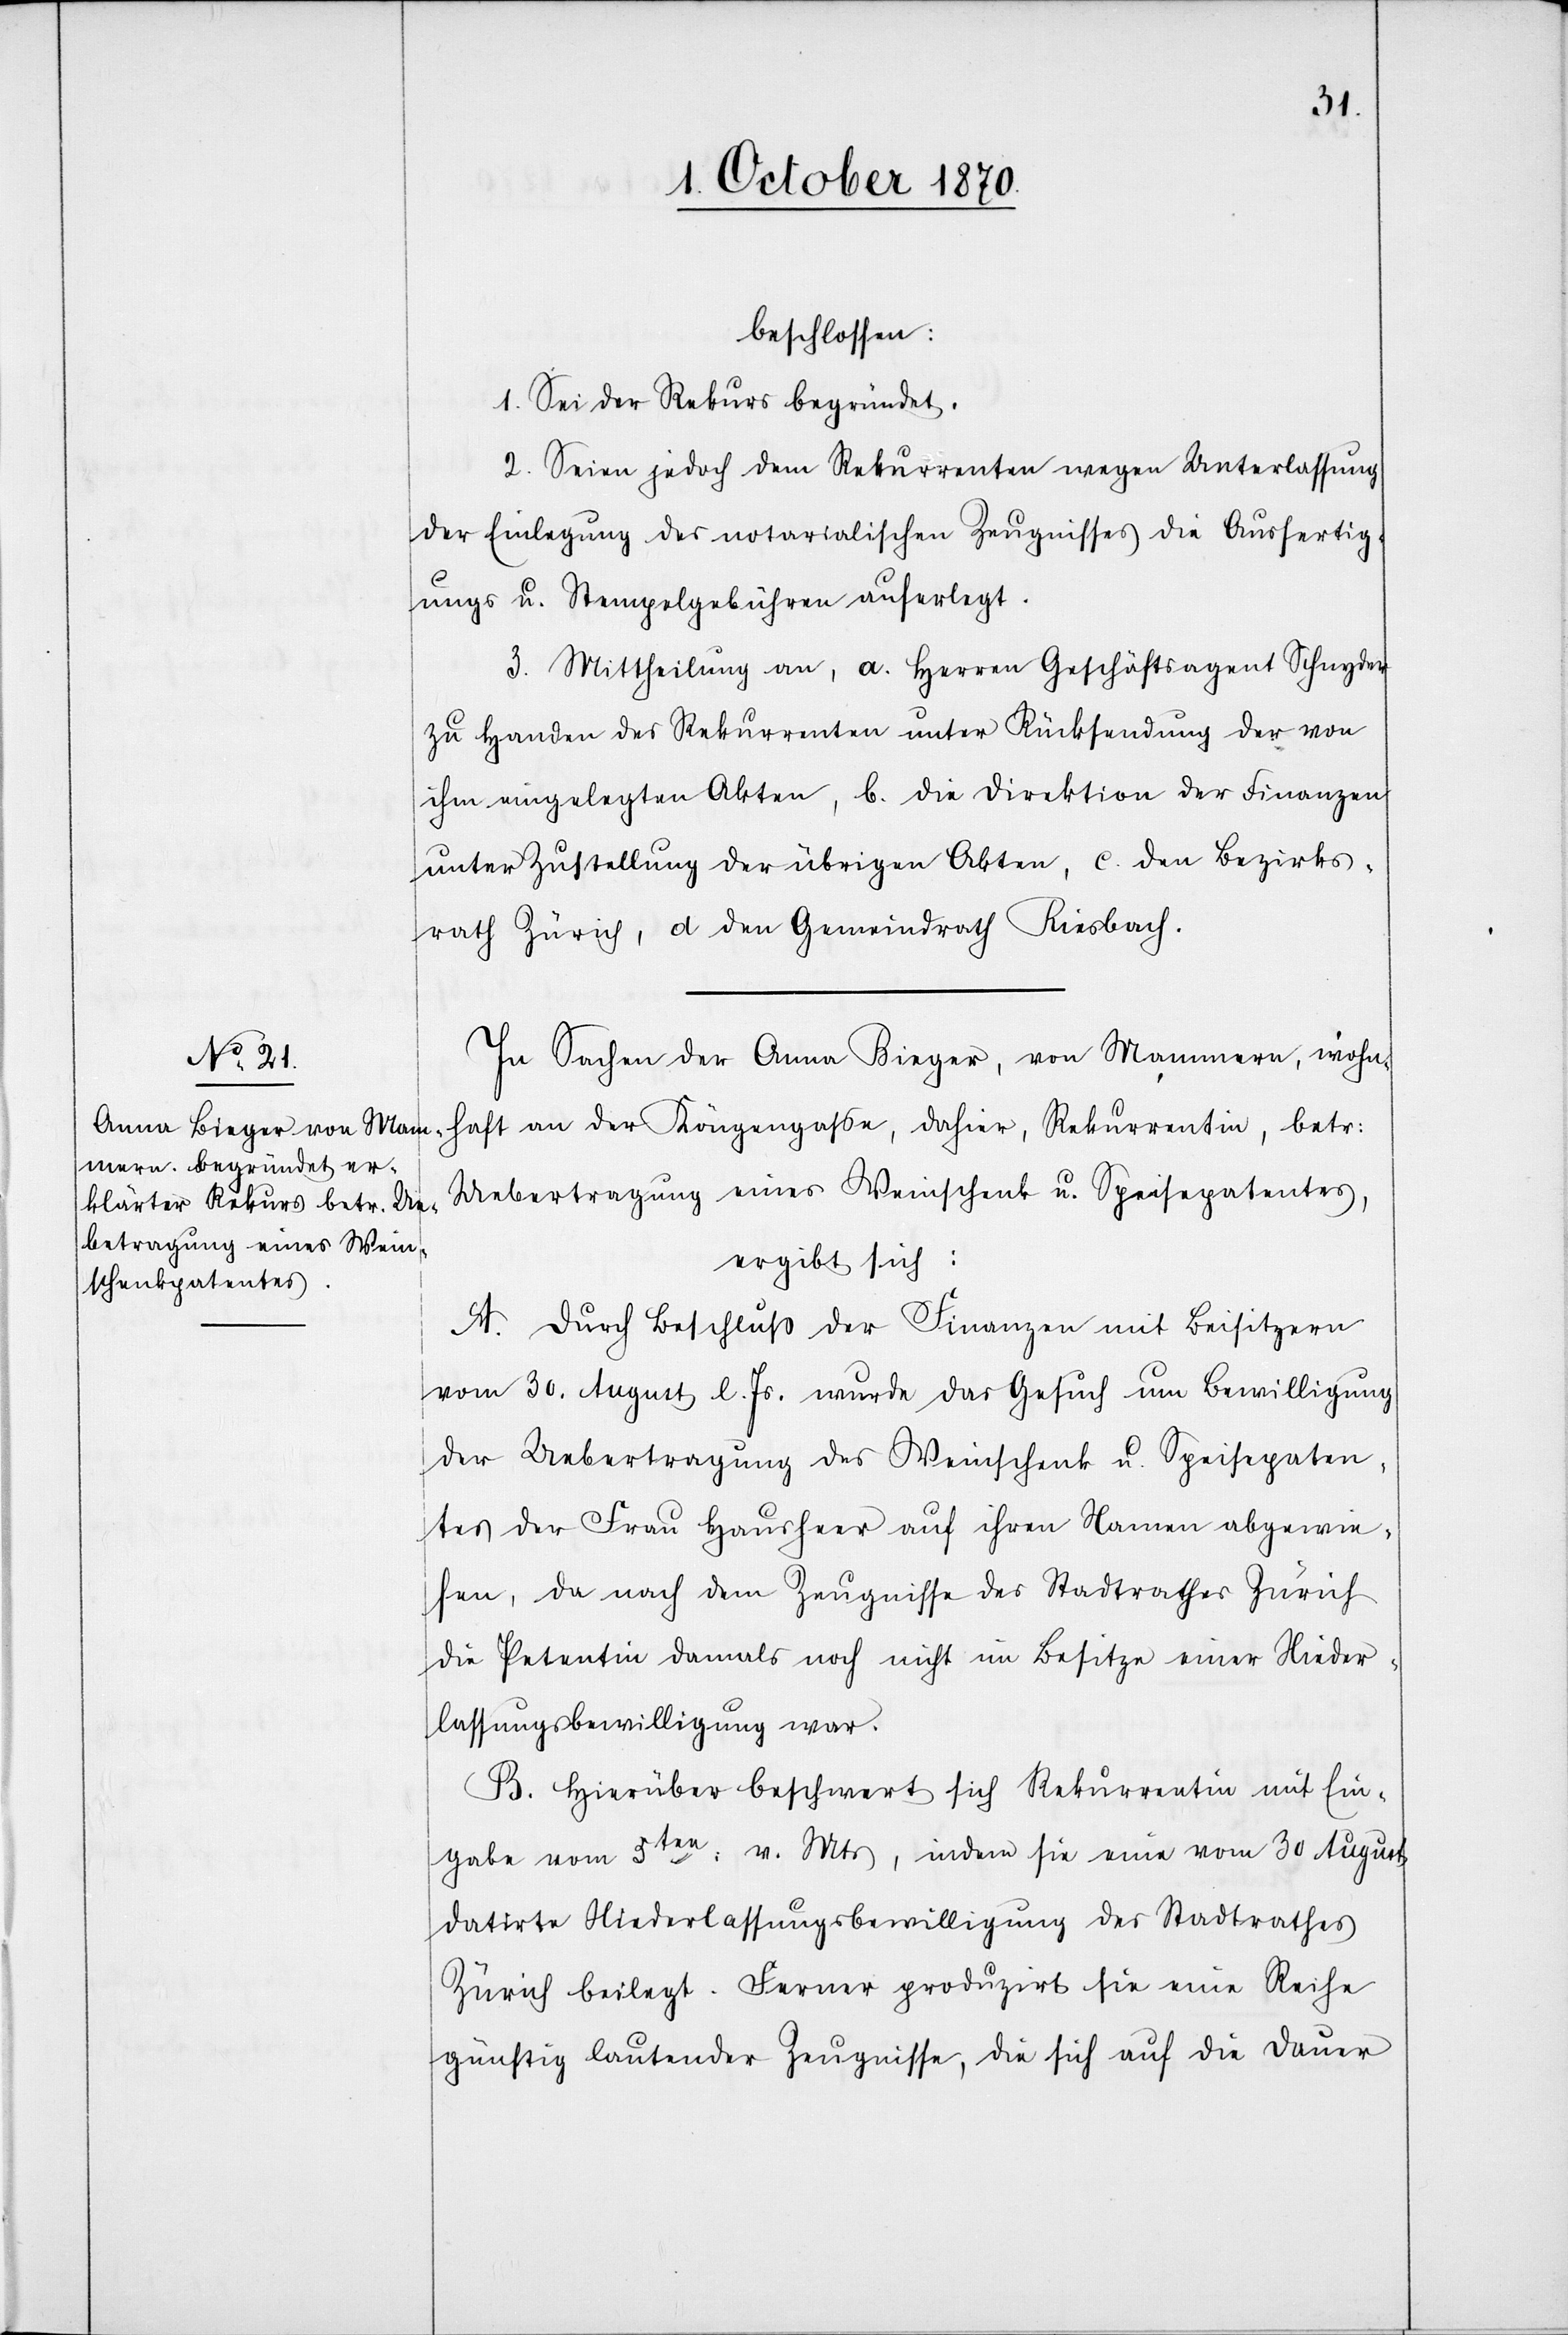
beschlossen:
1. Sei der Rekurs begründet.
2. Seien jedoch dem Rekurrenten wegen Unterlassung
der Einlegung des notarialischen Zeugnisses die Ausfertig¬
ungs u. Stempelgebühren auferlegt.
3. Mittheilung an, a. Herren Geschäftsagent Schnyder
zu Handen des Rekurrenten unter Rücksendung der von
ihm eingelegten Akten, b. die Direktion der Finanzen
unter Zustellung der übrigen Akten, c. den Bezirks¬
rath Zürich, d. den Gemeindrath Riesbach.
In Sachen der Anna Bieger, von Mammern, wohn¬
haft an der Köngengaße, dahier, Rekurrentin, betr:
Uebertragung eines Weinschenk u. Speisepatentes,
ergibt sich:
A. Durch Beschluß der [Direktion der] Finanzen mit Beisitzern
vom 30. August l. Js. wurde das Gesuch um Bewilligung
der Uebertragung des Weinschenk u. Speisepaten¬
tes der Frau Hausheer auf ihren Namen abgewie¬
sen, da nach dem Zeugnisse des Stadtrathes Zürich
die Petentin damals noch nicht im Besitze einer Nieder¬
lassungsbewilligung war.
B. Hierüber beschwert sich Rekurrentin mit Ein¬
gabe vom 3ten: v. Mts, indem sie eine vom 30. August
datirte Niederlassungsbewilligung des Stadtrathes
Zürich beilegt. Ferner produzirt sie eine Reihe
günstig lautender Zeugnisse, die sich auf die Dauer